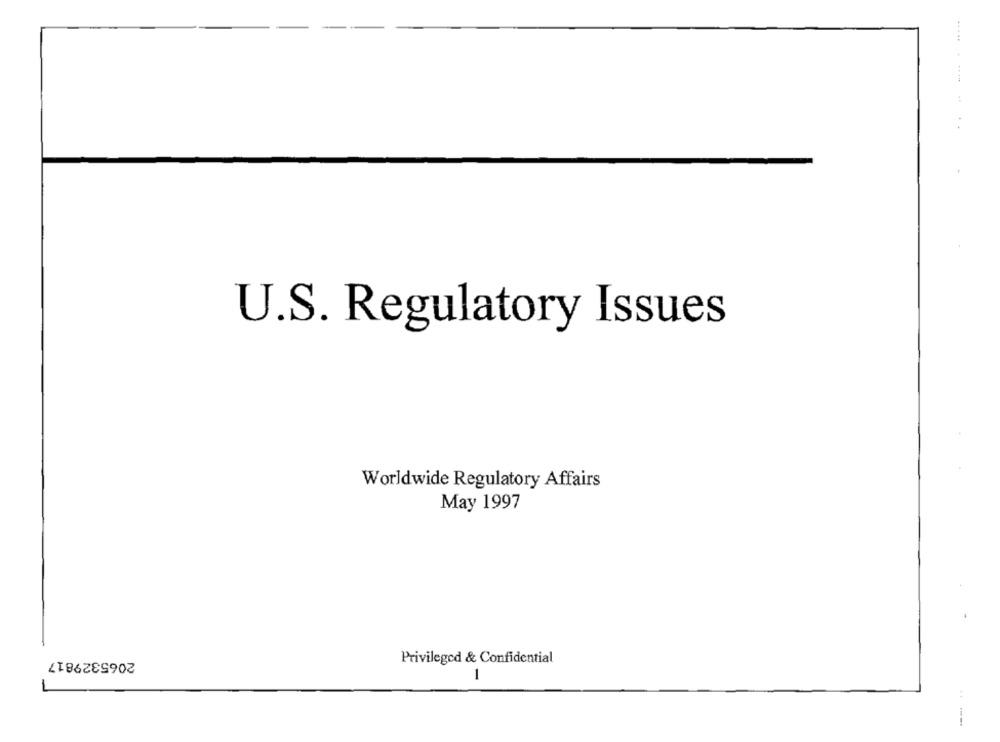
.....
U.S. Regulatory Issues
Worldwide Regulatory Affairs
May 1997
2065329817
Privileged & Confidential
1